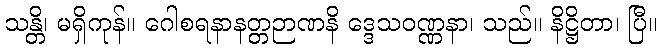
သန္တိ၊ မရှိကုန်။ ဂေါစရနာနတ္တဉာဏနိ ဒ္ဒေသဝဏ္ဏနာ၊ သည်။ နိဋ္ဌိတာ၊ ပြီ။